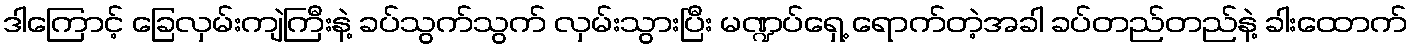
ဒါကြောင့် ခြေလှမ်းကျဲကြီးနဲ့ ခပ်သွက်သွက် လှမ်းသွားပြီး မဏ္ဍပ်ရှေ့ ရောက်တဲ့အခါ ခပ်တည်တည်နဲ့ ခါးထောက်